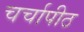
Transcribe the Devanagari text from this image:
चर्चापीठ